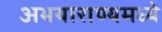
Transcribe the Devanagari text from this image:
अभयाराण्यमध्ये